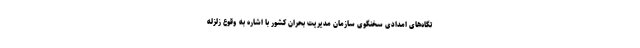
تگاه‌های امدادی سخنگوی سازمان مدیریت بحران کشور با اشاره به وقوع زلزله